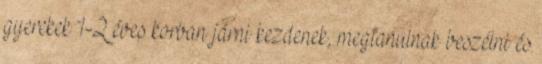
gyerekek 1-2 éves korban járni kezdenek, megtanulnak beszélni és